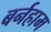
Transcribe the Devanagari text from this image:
बर्नहाम